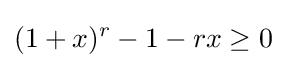
(1+x)^{r}-1-rx\geq 0